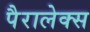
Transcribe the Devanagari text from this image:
पैरालेक्स